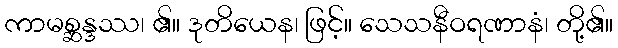
ကာမစ္ဆန္ဒဿ၊ ၏။ ဒုတိယေန၊ ဖြင့်။ သေသနီဝရဏာနံ၊ တို့၏။